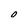
Character: 0